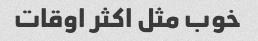
خوب مثل اکثر اوقات